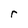
Character: r